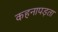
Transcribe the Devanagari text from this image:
कहनापड़ता